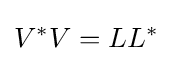
V^{*}V=LL^{*}